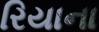
રિયાના